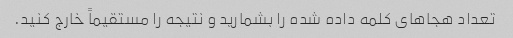
تعداد هجاهای کلمه داده شده را بشمارید و نتیجه را مستقیماً خارج کنید.